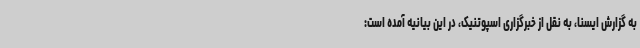
به گزارش ایسنا، به نقل از خبرگزاری اسپوتنیک، در این بیانیه آمده است: